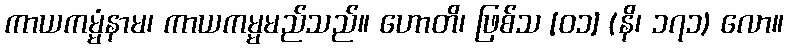
ကာယကမ္မံနာမ၊ ကာယကမ္မမည်သည်။ ဟောတိ၊ ဖြစ်သ [၀၁] (နိ၊ ၁၇၁) လော။